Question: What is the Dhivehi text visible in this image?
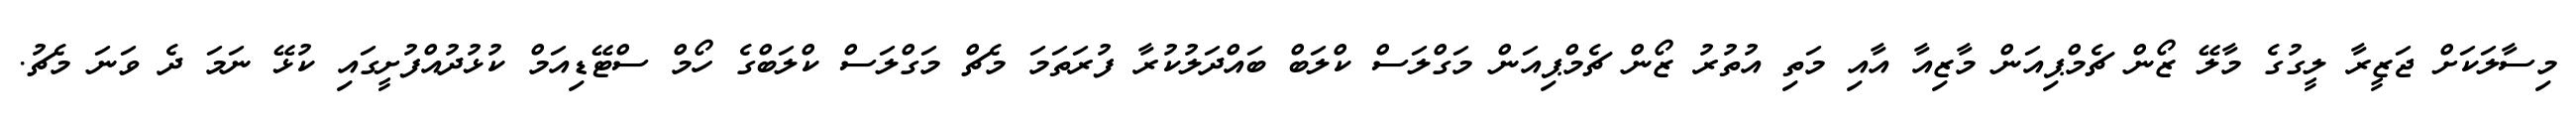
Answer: މިސާލަކަށް ޖަޒީރާ ލީގުގެ މާލޭ ޒޯން ޗެމްޕިއަން މާޒިއާ އާއި މަތި އުތުރު ޒޯން ޗެމްޕިއަން މަގްލަސް ކްލަބް ބައްދަލުކުރާ ފުރަތަމަ މެޗް މަގްލަސް ކްލަބްގެ ހޯމް ސްޓޭޑިއަމް ކުޅުދުއްފުށީގައި ކުޅޭ ނަމަ ދެ ވަނަ މެޗު.